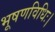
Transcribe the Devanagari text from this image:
भूषणविधिः।